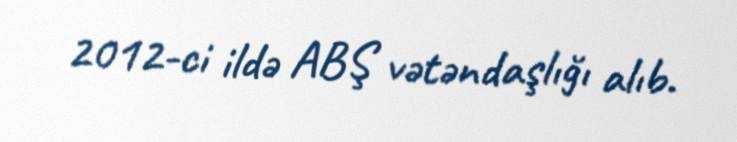
2012-ci ildə ABŞ vətəndaşlığı alıb.